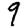
Digit: 9